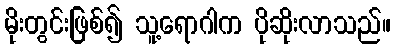
မိုးတွင်းဖြစ်၍ သူ့ရောဂါက ပိုဆိုးလာသည်။